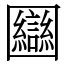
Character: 圝